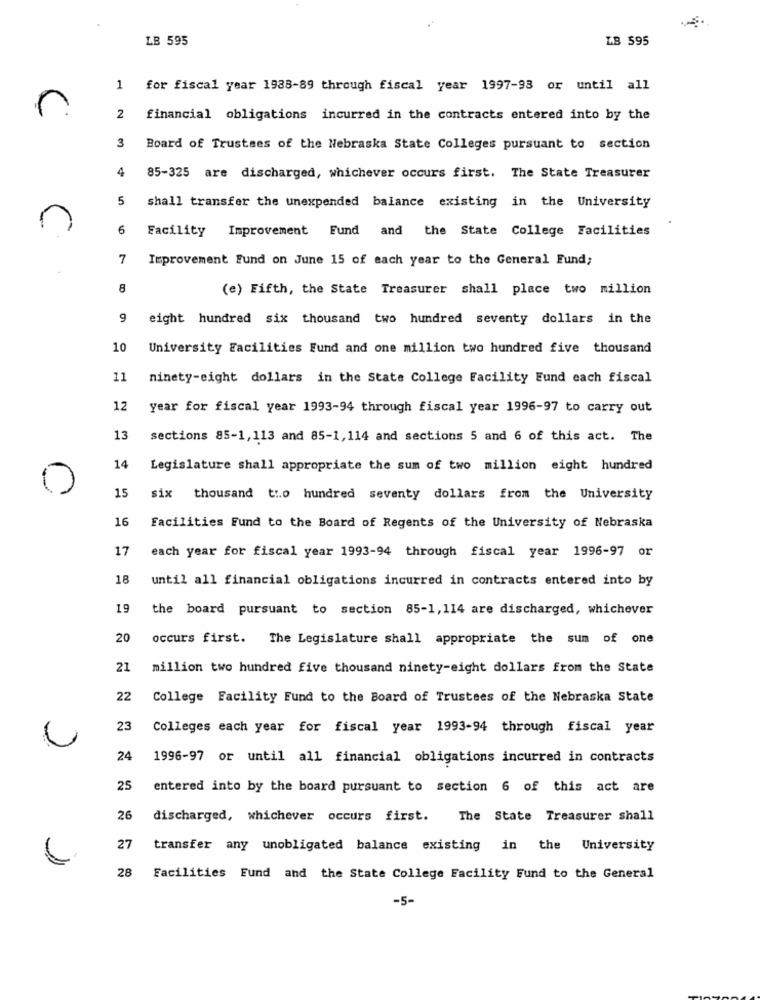
LB 595
LB 595
1
for fiscal year 1988-89 through fiscal year 1997-98 or until all
n
2
financial obligations incurred in the contracts entered into by the
3
Board of Trustees of the Nebraska State Colleges pursuant to section
4
85-325 are discharged, whichever occurs first. The State Treasurer
5
shall transfer the unexpended balance existing in the University
n
6
Facility Improvement Fund and the State College Facilities
7
Improvement Fund on June 15 of each year to the General Fund;
8
(e) Fifth, the State Treasurer shall place two million
9
eight hundred six thousand two hundred seventy dollars in the
10
University Facilities Fund and one million two hundred five thousand
11
ninety-eight dollars in the State College Facility Eund each fiscal
12
year for fiscal year 1993-94 through fiscal year 1996-97 to carry out
13
sections 85-1, 113 and 85-1,114 and sections 5 and 6 of this act. The
14
Legislature shall appropriate the sum of two million eight hundred
15
six thousand ti.o hundred seventy dollars from the University
16
Facilities Fund to the Board of Regents of the University of Nebraska
17
each year for fiscal year 1993-94 through fiscal year 1996-97 or
18
until all financial obligations incurred in contracts entered into by
19
the board pursuant to section 85-1,114 are discharged, whichever
20
occurs first.
The Legislature shall appropriate the sum of one
21
million two hundred five thousand ninety-eight dollars from the State
22
College Facility Fund to the Board of Trustees of the Nebraska State
23
Colleges each year for fiscal year 1993-94 through fiscal year
24
1996-97 or until all financial obligations incurred in contracts
25
entered into by the board pursuant to section 6 of this act are
26
discharged, whichever occurs first.
The State Treasurer shall
27
transfer any unobligated balance existing in the University
28
Facilities Fund and the State College Facility Fund to the General
-5-